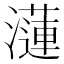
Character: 𤂍